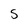
Character: S